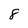
Character: 8